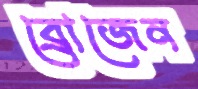
ব্রোজেন